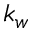
k _ { w }